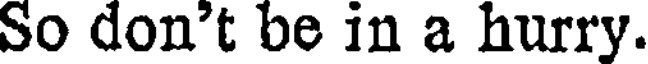
So don't be in a hurry.